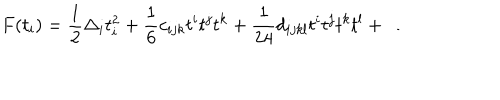
LaTeX: F ( t _ { i } ) = { \frac { 1 } { 2 } } \Delta _ { i } t _ { i } ^ { 2 } + { \frac { 1 } { 6 } } c _ { i j k } t ^ { i } t ^ { j } t ^ { k } + { \frac { 1 } { 2 4 } } d _ { i j k l } t ^ { i } t ^ { j } t ^ { k } t ^ { l } + \dots